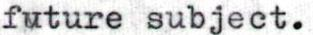
future subject.